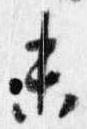
未